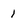
Character: 1